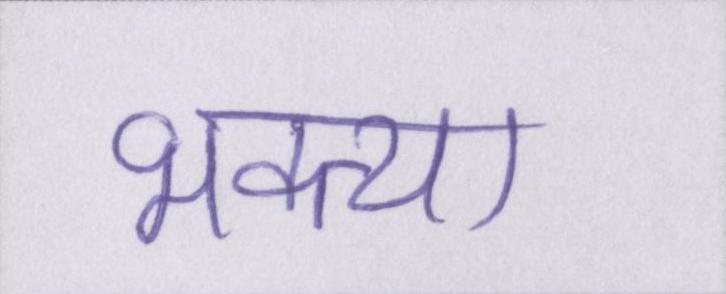
भक्त्या